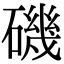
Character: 磯